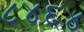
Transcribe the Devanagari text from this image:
८४६४